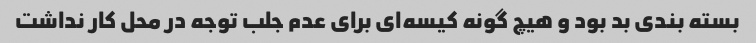
بسته بندی بد بود و هیچ گونه کیسه‌ای برای عدم جلب توجه در محل کار نداشت